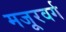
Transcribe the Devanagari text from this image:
मजूरवर्ग